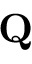
{ \bf { Q } }